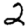
Digit: 2